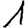
Digit: 1